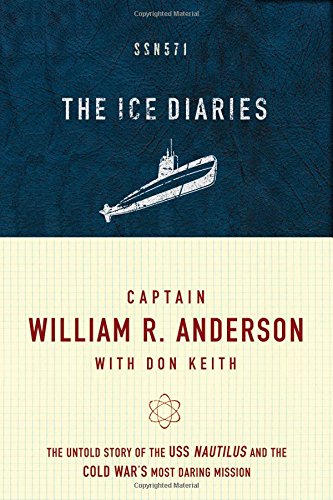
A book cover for The Ice Diaries: The True Story of One of Mankind's Greatest Adventures; Captain William R. Anderson; History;